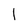
Character: 1